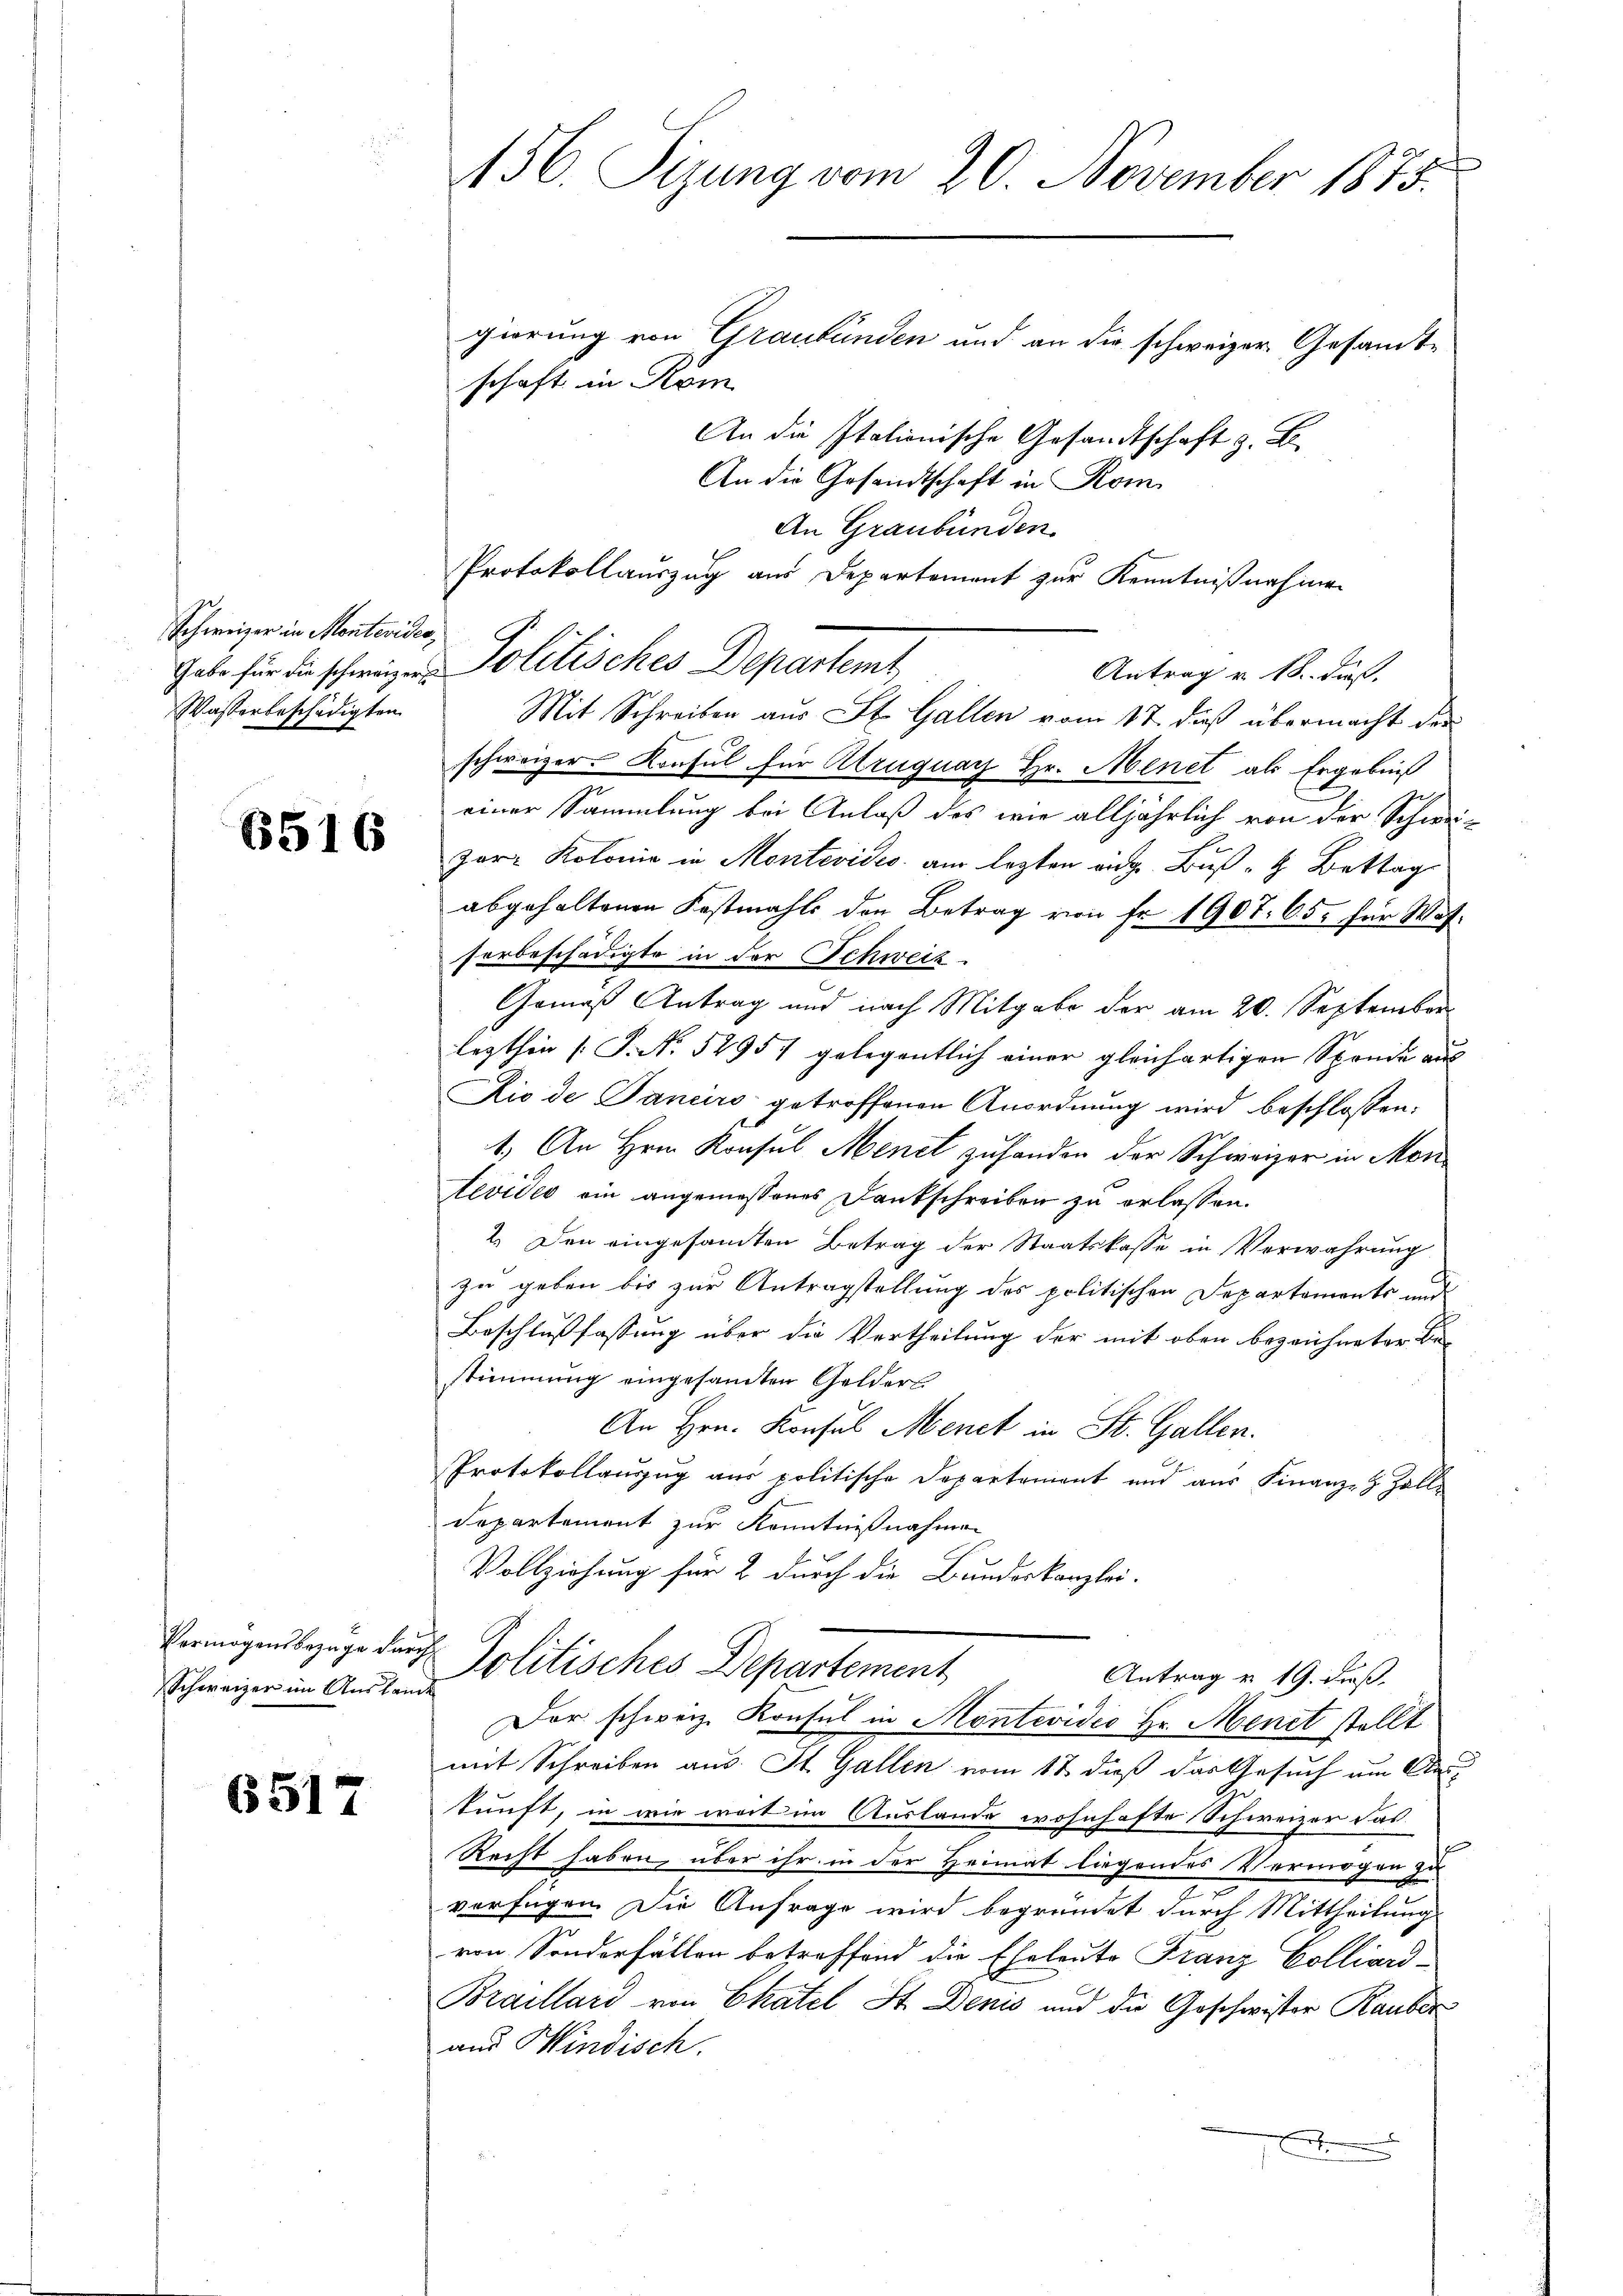
Schweizer in Montevides,
Wasserbeschädigten

6516

Vermögensbezüge durch¬
Schweizer im Auslande

6517

156. Sizung vom 20. November 1875.
gierung von Graubünden und an die schweizer Gesandtschaft in Kom

An die Italionische Gesandtschaft z. B.
An die Gesandtschaft in Kom
An Graubünden
Gabe für die schweizer Politisches Departemt,
Antrag v. 18. ds.
Mit Schreiben aus St. Gallen vom 17. dieß übermacht der
schweizer Konsul für Alruguay Hr. Menet als Ergebniß
einer Sammlung bei Anlaß des wie alljährlich von der Schwei¬
Zor- Kolonia in Montevides am lezten aug. Buß- & Bettag
abgehaltenen Fastmahls den Betrag von Fr. 1907. 65, für Wotforbeschädigte in der Schweiz.
Gemäß Antrag und nach Mitgabe der am 20. September
lezthin [P. No 52957 gelegentlich einer gleichartigen Sprude aus
Rio de Tanciro getroffenen Anordnung wird beschlossen:
1.) An Hrn. Konsul Menet zu handen der Schweizer in Montevider ein angemessenes Dankschreiben zu erlassen.
2. Den eingesandten Betrag der Staatskasse in Verwahrung
zu geben bis zur Antragstellung des politischen Departemente und
Beschlußfassung über die Vertheilung der mit oben bezeichneter Be-
stimmung eingesamten Gelders
An Hrn. Konsul Menet in St. Gallen.
Protokollauszug aus politische Departement und aus Finanz- & Zolle
departement zur Kenntnißnahmen
Vollziehung für 2 durch die Bundeskanzlei.
Politisches Departement
Antrag v. 19. daß
Der schweiz. Konsul in Montevidio Hr. Menet stellt
mit Schreiben aus. St. Gallen vom 12. daß das Gesuch um Oberkunft, in wie weit im Auslande wohnhafte Schweizer das
Recht haben, über ihr in der Heimat liegendes Vermögen zu
verfügen. Die Anfrage wird begründet durch Mittheilung
ren Sonderfällen betreffend die Eheleute Franz Colliard-
Braillard von Chatel St. Denis und die Geschwister Rauber
und Windisch.
f

Protokollauszug am Departement zur Kenntnißnahmen